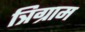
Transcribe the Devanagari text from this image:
त्रिग्राम